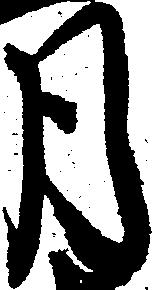
月